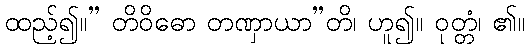
ထည့်၍။” တိဝိဓော တဏှာယာ”တိ၊ ဟူ၍။ ဝုတ္တံ၊ ၏။